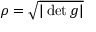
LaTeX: \rho = { \sqrt { | \det g | } }